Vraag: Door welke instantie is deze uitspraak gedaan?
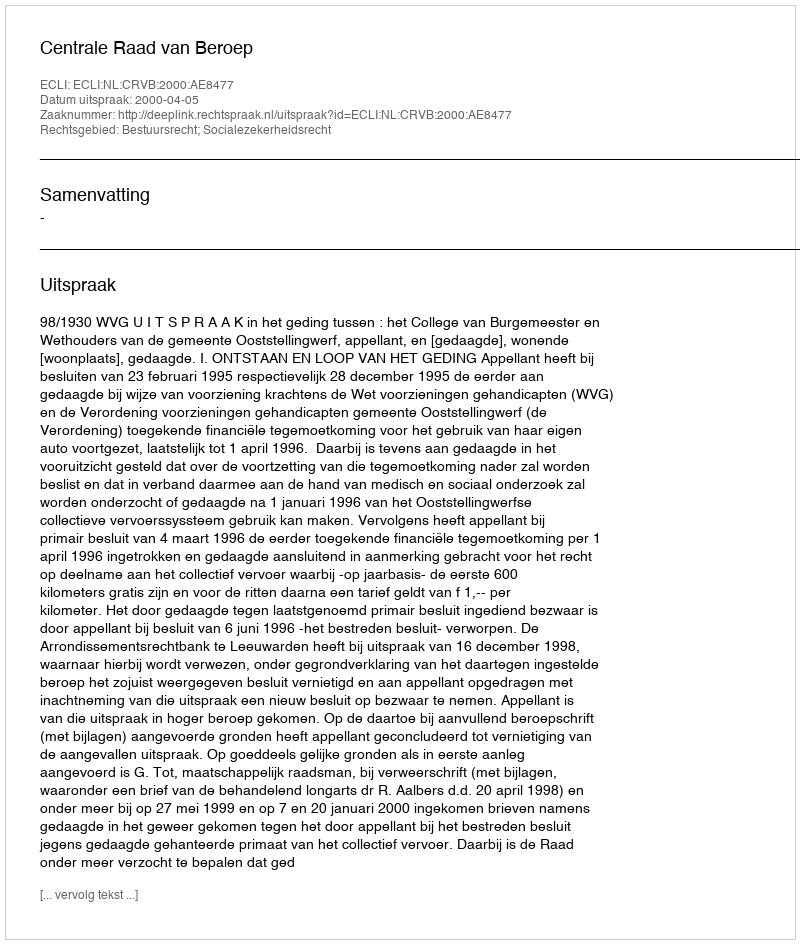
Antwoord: Centrale Raad van Beroep